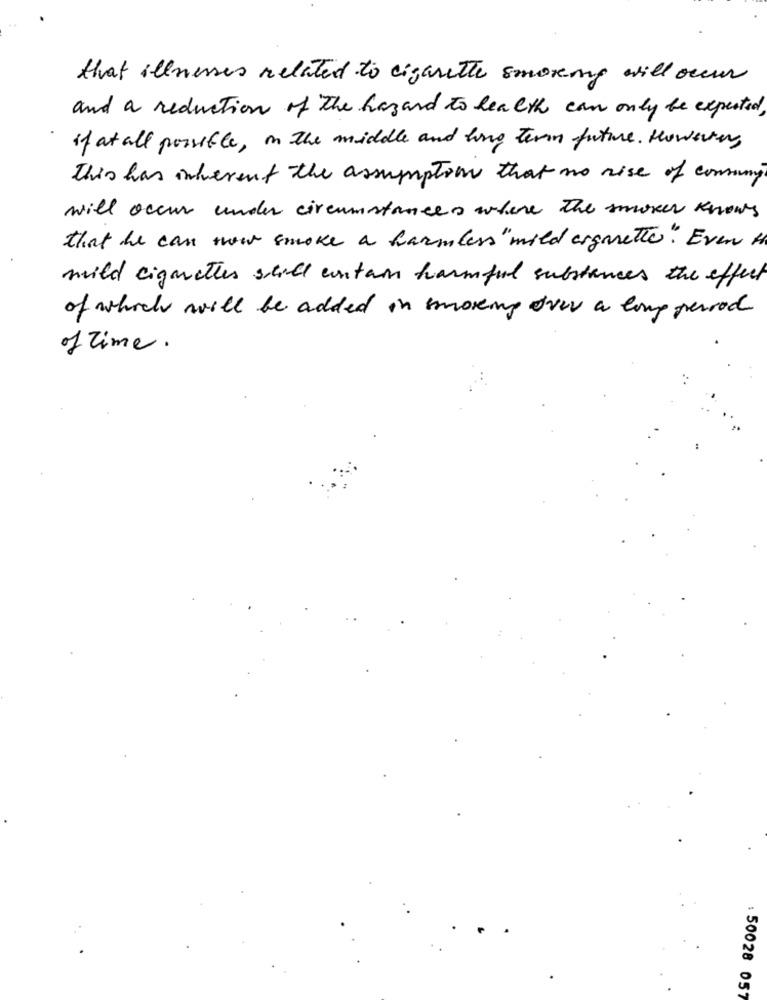
that illnesses related to cigarette smoking will occur
and a reduction of The hazard to health can only be expected,
if at all possible, in the middle and long term future. However,
This has inherent the assumption that no rise of consuming
will occur under circumstances where the smoker knows
that he can now smoke a harmless "mild organetto " Even th
wild eignetles still contain harmful substances the effect
of which will be added in smoking drev a long period
of time.
: 50028 057